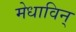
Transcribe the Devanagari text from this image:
मेधाविन्